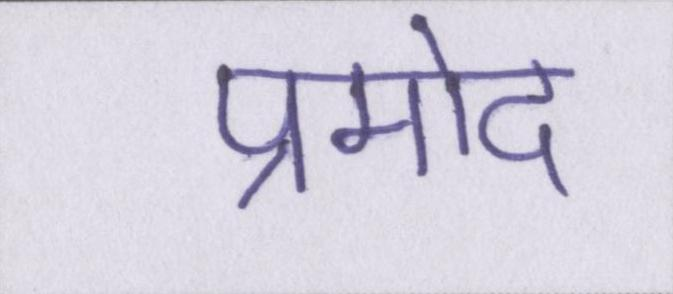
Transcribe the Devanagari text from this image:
प्रमोद